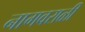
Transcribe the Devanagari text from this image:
नागवराळी